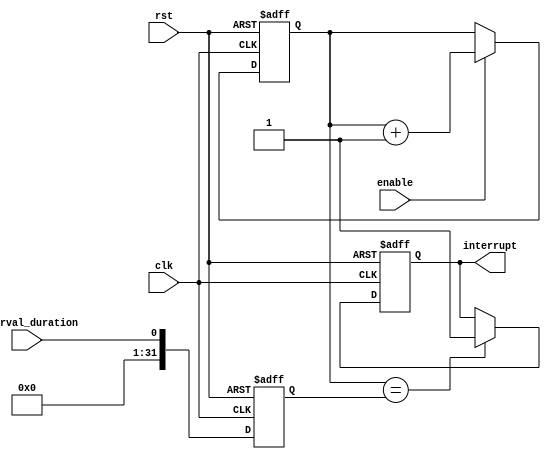
module IntervalTimer (
    input wire clk,       // Clock input
    input wire rst,       // Reset input
    input wire enable,    // Enable input
    input wire interval_duration,    // Interval duration input
    output reg interrupt, // Interrupt output
    // other output signals for triggering actions based on interval reached
);

// Configurable 32-bit counter register
reg [31:0] counter;

// Input signal synchronization blocks
reg [31:0] synced_interval_duration;

always @(posedge clk or posedge rst) begin
    if (rst) begin
        counter <= 0;
        synced_interval_duration <= 0;
        interrupt <= 0;
        // other reset values for output signals
    end else begin
        // Synchronize interval duration input with clock
        synced_interval_duration <= interval_duration;

        // Increment counter at defined clock frequency when enabled
        if (enable) begin
            counter <= counter + 1;
        end

        // Logic for checking if interval has been reached
        if (counter == synced_interval_duration) begin
            interrupt <= 1; // Generate interrupt signal
            // Other trigger actions based on interval reached
        end
    end
end

endmodule